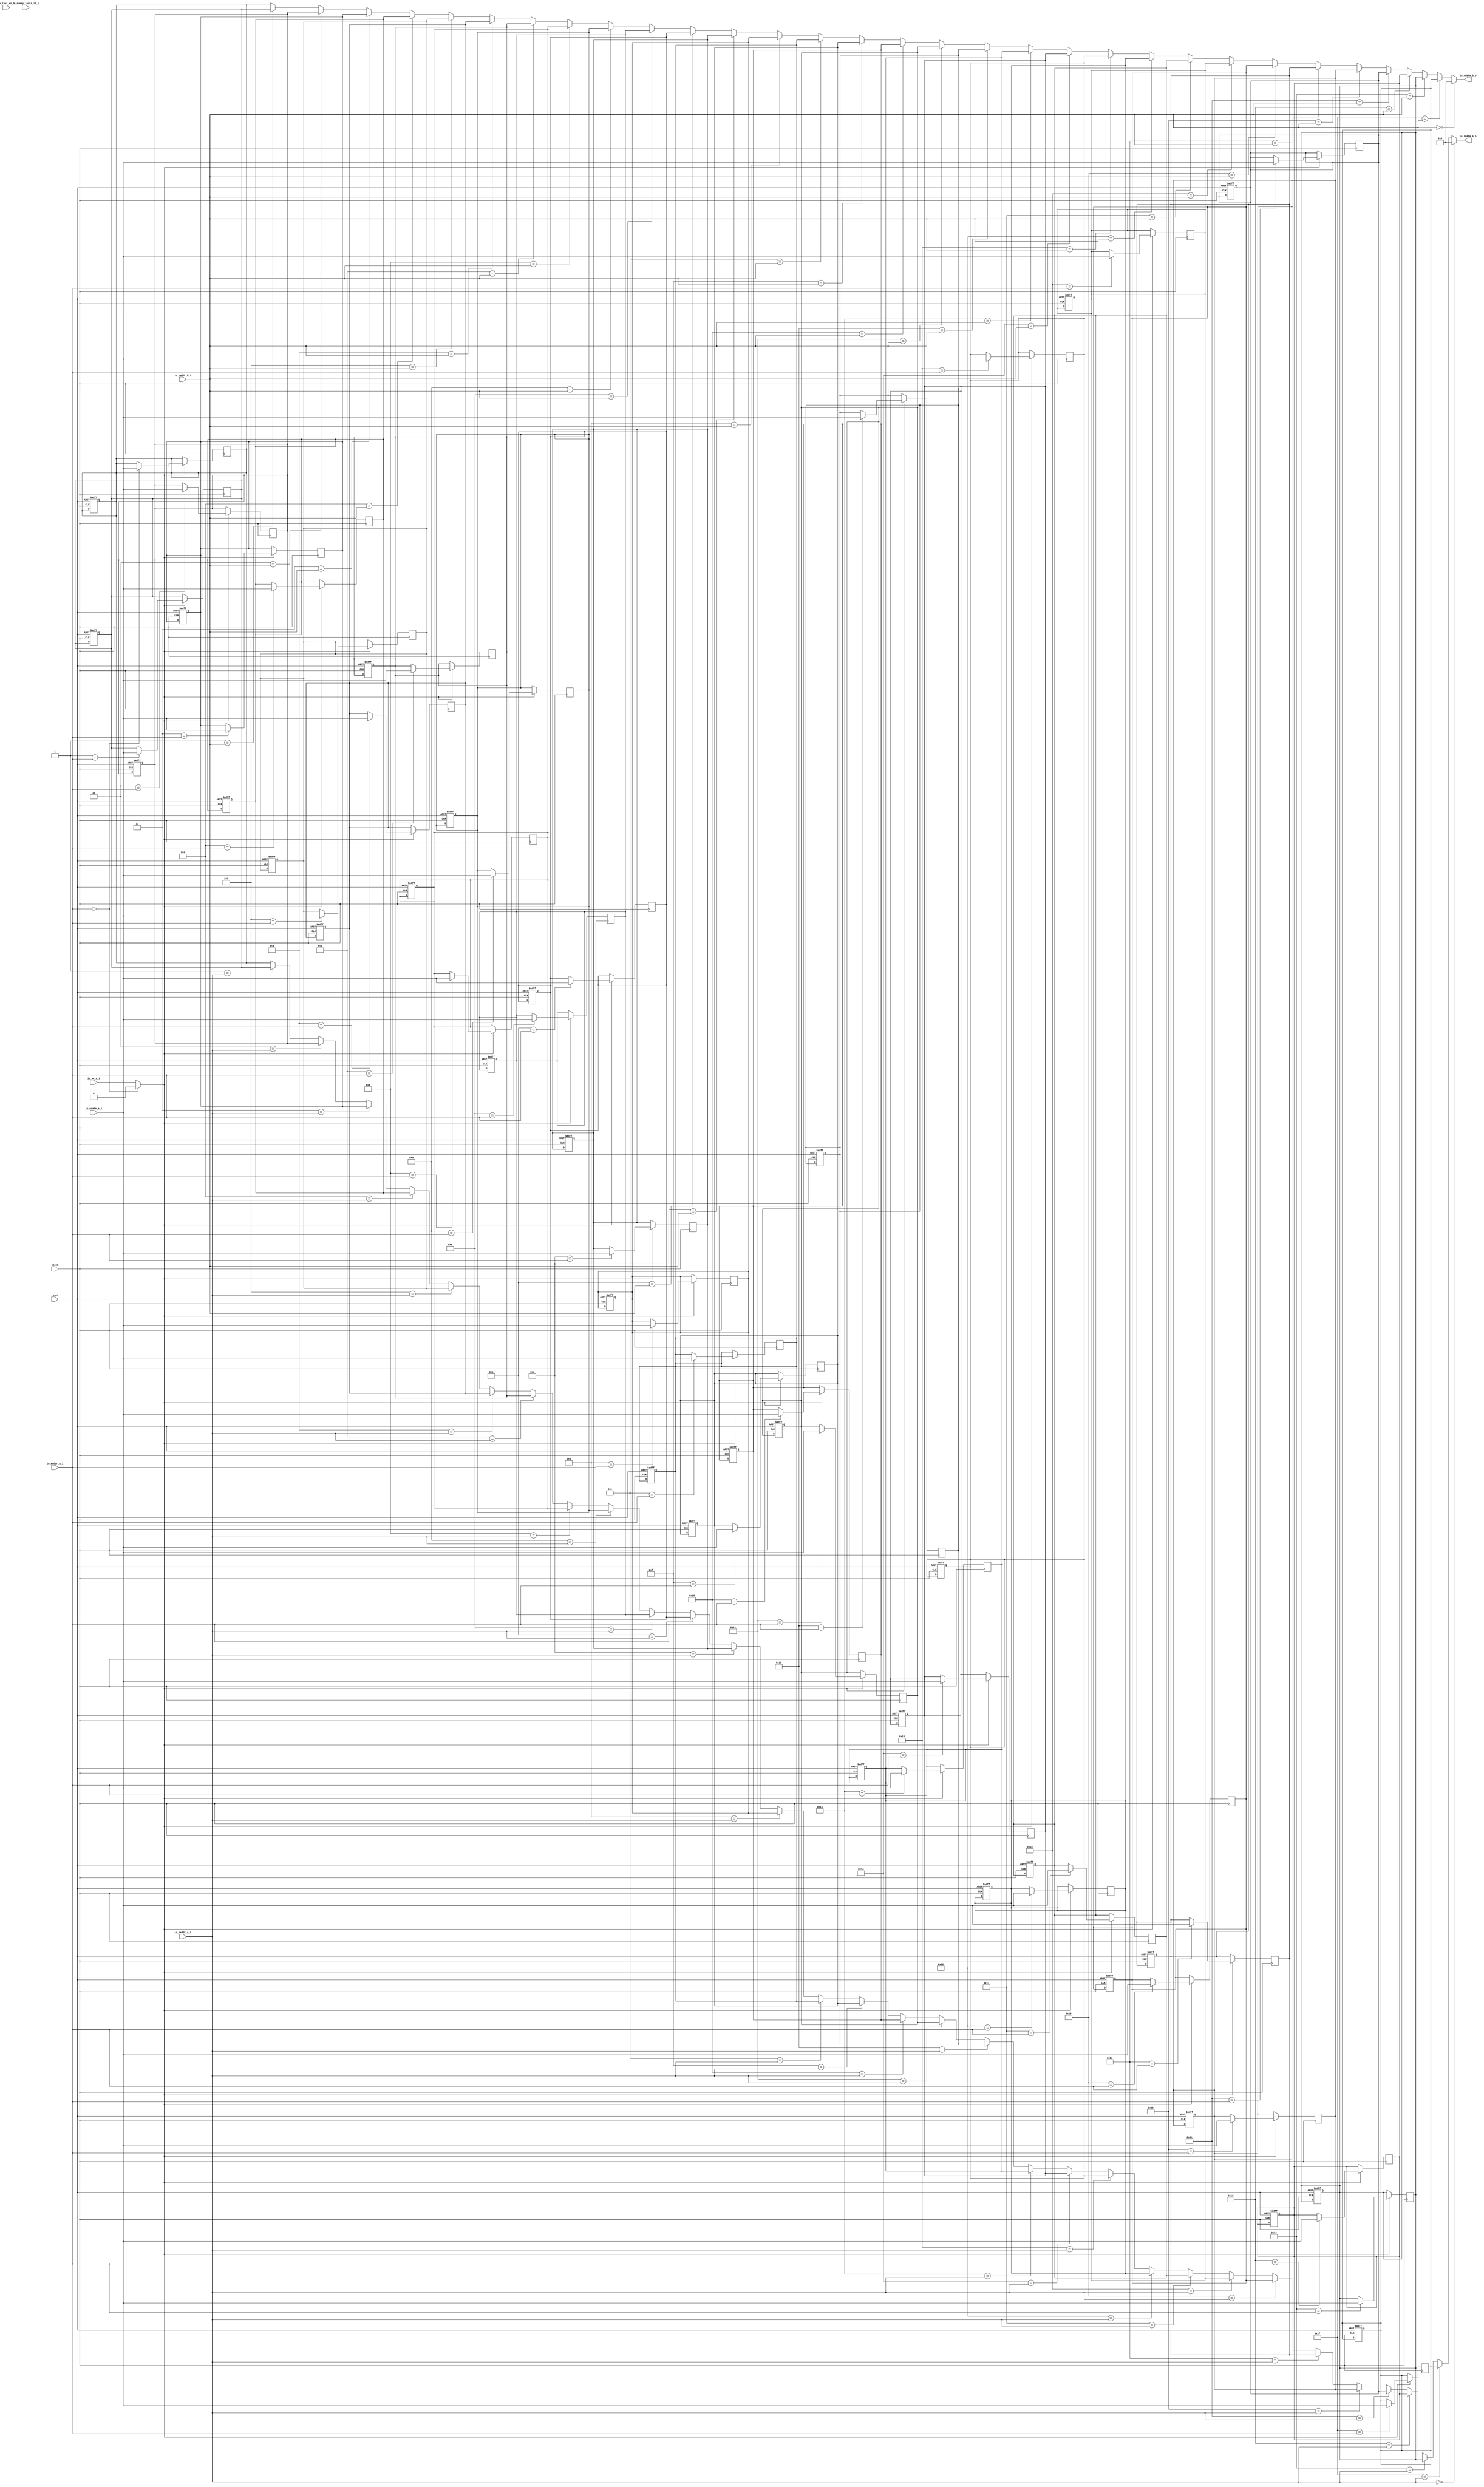
module ibex_register_file_fpga(
  input         clock,
  input         reset,
  input         io_test_en_i,
  input         io_dummy_instr_id_i,
  input  [4:0]  io_raddr_a_i,
  output [31:0] io_rdata_a_o,
  input  [4:0]  io_raddr_b_i,
  output [31:0] io_rdata_b_o,
  input  [4:0]  io_waddr_a_i,
  input  [31:0] io_wdata_a_i,
  input         io_we_a_i
);
`ifdef RANDOMIZE_REG_INIT
  reg [31:0] _RAND_0;
  reg [31:0] _RAND_1;
  reg [31:0] _RAND_2;
  reg [31:0] _RAND_3;
  reg [31:0] _RAND_4;
  reg [31:0] _RAND_5;
  reg [31:0] _RAND_6;
  reg [31:0] _RAND_7;
  reg [31:0] _RAND_8;
  reg [31:0] _RAND_9;
  reg [31:0] _RAND_10;
  reg [31:0] _RAND_11;
  reg [31:0] _RAND_12;
  reg [31:0] _RAND_13;
  reg [31:0] _RAND_14;
  reg [31:0] _RAND_15;
  reg [31:0] _RAND_16;
  reg [31:0] _RAND_17;
  reg [31:0] _RAND_18;
  reg [31:0] _RAND_19;
  reg [31:0] _RAND_20;
  reg [31:0] _RAND_21;
  reg [31:0] _RAND_22;
  reg [31:0] _RAND_23;
  reg [31:0] _RAND_24;
  reg [31:0] _RAND_25;
  reg [31:0] _RAND_26;
  reg [31:0] _RAND_27;
  reg [31:0] _RAND_28;
  reg [31:0] _RAND_29;
  reg [31:0] _RAND_30;
  reg [31:0] _RAND_31;
`endif // RANDOMIZE_REG_INIT
  reg [31:0] mem_0; // @[ibex_register_file_fpga.scala 28:27]
  reg [31:0] mem_1; // @[ibex_register_file_fpga.scala 28:27]
  reg [31:0] mem_2; // @[ibex_register_file_fpga.scala 28:27]
  reg [31:0] mem_3; // @[ibex_register_file_fpga.scala 28:27]
  reg [31:0] mem_4; // @[ibex_register_file_fpga.scala 28:27]
  reg [31:0] mem_5; // @[ibex_register_file_fpga.scala 28:27]
  reg [31:0] mem_6; // @[ibex_register_file_fpga.scala 28:27]
  reg [31:0] mem_7; // @[ibex_register_file_fpga.scala 28:27]
  reg [31:0] mem_8; // @[ibex_register_file_fpga.scala 28:27]
  reg [31:0] mem_9; // @[ibex_register_file_fpga.scala 28:27]
  reg [31:0] mem_10; // @[ibex_register_file_fpga.scala 28:27]
  reg [31:0] mem_11; // @[ibex_register_file_fpga.scala 28:27]
  reg [31:0] mem_12; // @[ibex_register_file_fpga.scala 28:27]
  reg [31:0] mem_13; // @[ibex_register_file_fpga.scala 28:27]
  reg [31:0] mem_14; // @[ibex_register_file_fpga.scala 28:27]
  reg [31:0] mem_15; // @[ibex_register_file_fpga.scala 28:27]
  reg [31:0] mem_16; // @[ibex_register_file_fpga.scala 28:27]
  reg [31:0] mem_17; // @[ibex_register_file_fpga.scala 28:27]
  reg [31:0] mem_18; // @[ibex_register_file_fpga.scala 28:27]
  reg [31:0] mem_19; // @[ibex_register_file_fpga.scala 28:27]
  reg [31:0] mem_20; // @[ibex_register_file_fpga.scala 28:27]
  reg [31:0] mem_21; // @[ibex_register_file_fpga.scala 28:27]
  reg [31:0] mem_22; // @[ibex_register_file_fpga.scala 28:27]
  reg [31:0] mem_23; // @[ibex_register_file_fpga.scala 28:27]
  reg [31:0] mem_24; // @[ibex_register_file_fpga.scala 28:27]
  reg [31:0] mem_25; // @[ibex_register_file_fpga.scala 28:27]
  reg [31:0] mem_26; // @[ibex_register_file_fpga.scala 28:27]
  reg [31:0] mem_27; // @[ibex_register_file_fpga.scala 28:27]
  reg [31:0] mem_28; // @[ibex_register_file_fpga.scala 28:27]
  reg [31:0] mem_29; // @[ibex_register_file_fpga.scala 28:27]
  reg [31:0] mem_30; // @[ibex_register_file_fpga.scala 28:27]
  reg [31:0] mem_31; // @[ibex_register_file_fpga.scala 28:27]
  wire [31:0] _GEN_1 = 5'h1 == io_raddr_a_i ? mem_1 : mem_0; // @[ibex_register_file_fpga.scala 32:22 ibex_register_file_fpga.scala 32:22]
  wire [31:0] _GEN_2 = 5'h2 == io_raddr_a_i ? mem_2 : _GEN_1; // @[ibex_register_file_fpga.scala 32:22 ibex_register_file_fpga.scala 32:22]
  wire [31:0] _GEN_3 = 5'h3 == io_raddr_a_i ? mem_3 : _GEN_2; // @[ibex_register_file_fpga.scala 32:22 ibex_register_file_fpga.scala 32:22]
  wire [31:0] _GEN_4 = 5'h4 == io_raddr_a_i ? mem_4 : _GEN_3; // @[ibex_register_file_fpga.scala 32:22 ibex_register_file_fpga.scala 32:22]
  wire [31:0] _GEN_5 = 5'h5 == io_raddr_a_i ? mem_5 : _GEN_4; // @[ibex_register_file_fpga.scala 32:22 ibex_register_file_fpga.scala 32:22]
  wire [31:0] _GEN_6 = 5'h6 == io_raddr_a_i ? mem_6 : _GEN_5; // @[ibex_register_file_fpga.scala 32:22 ibex_register_file_fpga.scala 32:22]
  wire [31:0] _GEN_7 = 5'h7 == io_raddr_a_i ? mem_7 : _GEN_6; // @[ibex_register_file_fpga.scala 32:22 ibex_register_file_fpga.scala 32:22]
  wire [31:0] _GEN_8 = 5'h8 == io_raddr_a_i ? mem_8 : _GEN_7; // @[ibex_register_file_fpga.scala 32:22 ibex_register_file_fpga.scala 32:22]
  wire [31:0] _GEN_9 = 5'h9 == io_raddr_a_i ? mem_9 : _GEN_8; // @[ibex_register_file_fpga.scala 32:22 ibex_register_file_fpga.scala 32:22]
  wire [31:0] _GEN_10 = 5'ha == io_raddr_a_i ? mem_10 : _GEN_9; // @[ibex_register_file_fpga.scala 32:22 ibex_register_file_fpga.scala 32:22]
  wire [31:0] _GEN_11 = 5'hb == io_raddr_a_i ? mem_11 : _GEN_10; // @[ibex_register_file_fpga.scala 32:22 ibex_register_file_fpga.scala 32:22]
  wire [31:0] _GEN_12 = 5'hc == io_raddr_a_i ? mem_12 : _GEN_11; // @[ibex_register_file_fpga.scala 32:22 ibex_register_file_fpga.scala 32:22]
  wire [31:0] _GEN_13 = 5'hd == io_raddr_a_i ? mem_13 : _GEN_12; // @[ibex_register_file_fpga.scala 32:22 ibex_register_file_fpga.scala 32:22]
  wire [31:0] _GEN_14 = 5'he == io_raddr_a_i ? mem_14 : _GEN_13; // @[ibex_register_file_fpga.scala 32:22 ibex_register_file_fpga.scala 32:22]
  wire [31:0] _GEN_15 = 5'hf == io_raddr_a_i ? mem_15 : _GEN_14; // @[ibex_register_file_fpga.scala 32:22 ibex_register_file_fpga.scala 32:22]
  wire [31:0] _GEN_16 = 5'h10 == io_raddr_a_i ? mem_16 : _GEN_15; // @[ibex_register_file_fpga.scala 32:22 ibex_register_file_fpga.scala 32:22]
  wire [31:0] _GEN_17 = 5'h11 == io_raddr_a_i ? mem_17 : _GEN_16; // @[ibex_register_file_fpga.scala 32:22 ibex_register_file_fpga.scala 32:22]
  wire [31:0] _GEN_18 = 5'h12 == io_raddr_a_i ? mem_18 : _GEN_17; // @[ibex_register_file_fpga.scala 32:22 ibex_register_file_fpga.scala 32:22]
  wire [31:0] _GEN_19 = 5'h13 == io_raddr_a_i ? mem_19 : _GEN_18; // @[ibex_register_file_fpga.scala 32:22 ibex_register_file_fpga.scala 32:22]
  wire [31:0] _GEN_20 = 5'h14 == io_raddr_a_i ? mem_20 : _GEN_19; // @[ibex_register_file_fpga.scala 32:22 ibex_register_file_fpga.scala 32:22]
  wire [31:0] _GEN_21 = 5'h15 == io_raddr_a_i ? mem_21 : _GEN_20; // @[ibex_register_file_fpga.scala 32:22 ibex_register_file_fpga.scala 32:22]
  wire [31:0] _GEN_22 = 5'h16 == io_raddr_a_i ? mem_22 : _GEN_21; // @[ibex_register_file_fpga.scala 32:22 ibex_register_file_fpga.scala 32:22]
  wire [31:0] _GEN_23 = 5'h17 == io_raddr_a_i ? mem_23 : _GEN_22; // @[ibex_register_file_fpga.scala 32:22 ibex_register_file_fpga.scala 32:22]
  wire [31:0] _GEN_24 = 5'h18 == io_raddr_a_i ? mem_24 : _GEN_23; // @[ibex_register_file_fpga.scala 32:22 ibex_register_file_fpga.scala 32:22]
  wire [31:0] _GEN_25 = 5'h19 == io_raddr_a_i ? mem_25 : _GEN_24; // @[ibex_register_file_fpga.scala 32:22 ibex_register_file_fpga.scala 32:22]
  wire [31:0] _GEN_26 = 5'h1a == io_raddr_a_i ? mem_26 : _GEN_25; // @[ibex_register_file_fpga.scala 32:22 ibex_register_file_fpga.scala 32:22]
  wire [31:0] _GEN_27 = 5'h1b == io_raddr_a_i ? mem_27 : _GEN_26; // @[ibex_register_file_fpga.scala 32:22 ibex_register_file_fpga.scala 32:22]
  wire [31:0] _GEN_28 = 5'h1c == io_raddr_a_i ? mem_28 : _GEN_27; // @[ibex_register_file_fpga.scala 32:22 ibex_register_file_fpga.scala 32:22]
  wire [31:0] _GEN_29 = 5'h1d == io_raddr_a_i ? mem_29 : _GEN_28; // @[ibex_register_file_fpga.scala 32:22 ibex_register_file_fpga.scala 32:22]
  wire [31:0] _GEN_30 = 5'h1e == io_raddr_a_i ? mem_30 : _GEN_29; // @[ibex_register_file_fpga.scala 32:22 ibex_register_file_fpga.scala 32:22]
  wire [31:0] _GEN_31 = 5'h1f == io_raddr_a_i ? mem_31 : _GEN_30; // @[ibex_register_file_fpga.scala 32:22 ibex_register_file_fpga.scala 32:22]
  wire [31:0] _GEN_33 = 5'h1 == io_raddr_b_i ? mem_1 : mem_0; // @[ibex_register_file_fpga.scala 35:22 ibex_register_file_fpga.scala 35:22]
  wire [31:0] _GEN_34 = 5'h2 == io_raddr_b_i ? mem_2 : _GEN_33; // @[ibex_register_file_fpga.scala 35:22 ibex_register_file_fpga.scala 35:22]
  wire [31:0] _GEN_35 = 5'h3 == io_raddr_b_i ? mem_3 : _GEN_34; // @[ibex_register_file_fpga.scala 35:22 ibex_register_file_fpga.scala 35:22]
  wire [31:0] _GEN_36 = 5'h4 == io_raddr_b_i ? mem_4 : _GEN_35; // @[ibex_register_file_fpga.scala 35:22 ibex_register_file_fpga.scala 35:22]
  wire [31:0] _GEN_37 = 5'h5 == io_raddr_b_i ? mem_5 : _GEN_36; // @[ibex_register_file_fpga.scala 35:22 ibex_register_file_fpga.scala 35:22]
  wire [31:0] _GEN_38 = 5'h6 == io_raddr_b_i ? mem_6 : _GEN_37; // @[ibex_register_file_fpga.scala 35:22 ibex_register_file_fpga.scala 35:22]
  wire [31:0] _GEN_39 = 5'h7 == io_raddr_b_i ? mem_7 : _GEN_38; // @[ibex_register_file_fpga.scala 35:22 ibex_register_file_fpga.scala 35:22]
  wire [31:0] _GEN_40 = 5'h8 == io_raddr_b_i ? mem_8 : _GEN_39; // @[ibex_register_file_fpga.scala 35:22 ibex_register_file_fpga.scala 35:22]
  wire [31:0] _GEN_41 = 5'h9 == io_raddr_b_i ? mem_9 : _GEN_40; // @[ibex_register_file_fpga.scala 35:22 ibex_register_file_fpga.scala 35:22]
  wire [31:0] _GEN_42 = 5'ha == io_raddr_b_i ? mem_10 : _GEN_41; // @[ibex_register_file_fpga.scala 35:22 ibex_register_file_fpga.scala 35:22]
  wire [31:0] _GEN_43 = 5'hb == io_raddr_b_i ? mem_11 : _GEN_42; // @[ibex_register_file_fpga.scala 35:22 ibex_register_file_fpga.scala 35:22]
  wire [31:0] _GEN_44 = 5'hc == io_raddr_b_i ? mem_12 : _GEN_43; // @[ibex_register_file_fpga.scala 35:22 ibex_register_file_fpga.scala 35:22]
  wire [31:0] _GEN_45 = 5'hd == io_raddr_b_i ? mem_13 : _GEN_44; // @[ibex_register_file_fpga.scala 35:22 ibex_register_file_fpga.scala 35:22]
  wire [31:0] _GEN_46 = 5'he == io_raddr_b_i ? mem_14 : _GEN_45; // @[ibex_register_file_fpga.scala 35:22 ibex_register_file_fpga.scala 35:22]
  wire [31:0] _GEN_47 = 5'hf == io_raddr_b_i ? mem_15 : _GEN_46; // @[ibex_register_file_fpga.scala 35:22 ibex_register_file_fpga.scala 35:22]
  wire [31:0] _GEN_48 = 5'h10 == io_raddr_b_i ? mem_16 : _GEN_47; // @[ibex_register_file_fpga.scala 35:22 ibex_register_file_fpga.scala 35:22]
  wire [31:0] _GEN_49 = 5'h11 == io_raddr_b_i ? mem_17 : _GEN_48; // @[ibex_register_file_fpga.scala 35:22 ibex_register_file_fpga.scala 35:22]
  wire [31:0] _GEN_50 = 5'h12 == io_raddr_b_i ? mem_18 : _GEN_49; // @[ibex_register_file_fpga.scala 35:22 ibex_register_file_fpga.scala 35:22]
  wire [31:0] _GEN_51 = 5'h13 == io_raddr_b_i ? mem_19 : _GEN_50; // @[ibex_register_file_fpga.scala 35:22 ibex_register_file_fpga.scala 35:22]
  wire [31:0] _GEN_52 = 5'h14 == io_raddr_b_i ? mem_20 : _GEN_51; // @[ibex_register_file_fpga.scala 35:22 ibex_register_file_fpga.scala 35:22]
  wire [31:0] _GEN_53 = 5'h15 == io_raddr_b_i ? mem_21 : _GEN_52; // @[ibex_register_file_fpga.scala 35:22 ibex_register_file_fpga.scala 35:22]
  wire [31:0] _GEN_54 = 5'h16 == io_raddr_b_i ? mem_22 : _GEN_53; // @[ibex_register_file_fpga.scala 35:22 ibex_register_file_fpga.scala 35:22]
  wire [31:0] _GEN_55 = 5'h17 == io_raddr_b_i ? mem_23 : _GEN_54; // @[ibex_register_file_fpga.scala 35:22 ibex_register_file_fpga.scala 35:22]
  wire [31:0] _GEN_56 = 5'h18 == io_raddr_b_i ? mem_24 : _GEN_55; // @[ibex_register_file_fpga.scala 35:22 ibex_register_file_fpga.scala 35:22]
  wire [31:0] _GEN_57 = 5'h19 == io_raddr_b_i ? mem_25 : _GEN_56; // @[ibex_register_file_fpga.scala 35:22 ibex_register_file_fpga.scala 35:22]
  wire [31:0] _GEN_58 = 5'h1a == io_raddr_b_i ? mem_26 : _GEN_57; // @[ibex_register_file_fpga.scala 35:22 ibex_register_file_fpga.scala 35:22]
  wire [31:0] _GEN_59 = 5'h1b == io_raddr_b_i ? mem_27 : _GEN_58; // @[ibex_register_file_fpga.scala 35:22 ibex_register_file_fpga.scala 35:22]
  wire [31:0] _GEN_60 = 5'h1c == io_raddr_b_i ? mem_28 : _GEN_59; // @[ibex_register_file_fpga.scala 35:22 ibex_register_file_fpga.scala 35:22]
  wire [31:0] _GEN_61 = 5'h1d == io_raddr_b_i ? mem_29 : _GEN_60; // @[ibex_register_file_fpga.scala 35:22 ibex_register_file_fpga.scala 35:22]
  wire [31:0] _GEN_62 = 5'h1e == io_raddr_b_i ? mem_30 : _GEN_61; // @[ibex_register_file_fpga.scala 35:22 ibex_register_file_fpga.scala 35:22]
  wire [31:0] _GEN_63 = 5'h1f == io_raddr_b_i ? mem_31 : _GEN_62; // @[ibex_register_file_fpga.scala 35:22 ibex_register_file_fpga.scala 35:22]
  wire  we = io_waddr_a_i == 5'h0 ? 1'h0 : io_we_a_i; // @[ibex_register_file_fpga.scala 38:12]
  assign io_rdata_a_o = io_raddr_a_i == 5'h0 ? 32'h0 : _GEN_31; // @[ibex_register_file_fpga.scala 32:22]
  assign io_rdata_b_o = io_raddr_b_i == 5'h0 ? 32'h0 : _GEN_63; // @[ibex_register_file_fpga.scala 35:22]
  always@(posedge clock,negedge reset) begin
    if(!reset)
    begin
    mem_0 <= 0;
    mem_1 <= 1;
    mem_2 <= 2;
    mem_3 <= 0;
    mem_4 <= 0;
    mem_5 <= 0;
    mem_6 <= 0;
    mem_7 <= 0;
    mem_8 <= 0;
    mem_9 <= 0;
    mem_10 <= 0;
    mem_11 <= 0;
    mem_12 <= 0;
    mem_13 <= 0;
    mem_14 <= 0;
    mem_15 <= 0;
    mem_16 <= 0;
    mem_17 <= 0;
    mem_18 <= 0;
    mem_19 <= 0;
    mem_20 <= 0;
    mem_21 <= 0;
    mem_22 <= 0;
    mem_23 <= 0;
    mem_24 <= 0;
    mem_25 <= 0;
    mem_26 <= 0;
    mem_27 <= 0;
    mem_28 <= 0;
    mem_29 <= 0;
    mem_30 <= 0;
    mem_31 <= 0;
    end
  end
  always @(posedge clock) begin
    if (we) begin // @[ibex_register_file_fpga.scala 39:25]
      if (5'h0 == io_waddr_a_i) begin // @[ibex_register_file_fpga.scala 40:25]
        mem_0 <= io_wdata_a_i; // @[ibex_register_file_fpga.scala 40:25]
      end
    end
    if (we) begin // @[ibex_register_file_fpga.scala 39:25]
      if (5'h1 == io_waddr_a_i) begin // @[ibex_register_file_fpga.scala 40:25]
        mem_1 <= io_wdata_a_i; // @[ibex_register_file_fpga.scala 40:25]
      end
    end
    if (we) begin // @[ibex_register_file_fpga.scala 39:25]
      if (5'h2 == io_waddr_a_i) begin // @[ibex_register_file_fpga.scala 40:25]
        mem_2 <= io_wdata_a_i; // @[ibex_register_file_fpga.scala 40:25]
      end
    end
    if (we) begin // @[ibex_register_file_fpga.scala 39:25]
      if (5'h3 == io_waddr_a_i) begin // @[ibex_register_file_fpga.scala 40:25]
        mem_3 <= io_wdata_a_i; // @[ibex_register_file_fpga.scala 40:25]
      end
    end
    if (we) begin // @[ibex_register_file_fpga.scala 39:25]
      if (5'h4 == io_waddr_a_i) begin // @[ibex_register_file_fpga.scala 40:25]
        mem_4 <= io_wdata_a_i; // @[ibex_register_file_fpga.scala 40:25]
      end
    end
    if (we) begin // @[ibex_register_file_fpga.scala 39:25]
      if (5'h5 == io_waddr_a_i) begin // @[ibex_register_file_fpga.scala 40:25]
        mem_5 <= io_wdata_a_i; // @[ibex_register_file_fpga.scala 40:25]
      end
    end
    if (we) begin // @[ibex_register_file_fpga.scala 39:25]
      if (5'h6 == io_waddr_a_i) begin // @[ibex_register_file_fpga.scala 40:25]
        mem_6 <= io_wdata_a_i; // @[ibex_register_file_fpga.scala 40:25]
      end
    end
    if (we) begin // @[ibex_register_file_fpga.scala 39:25]
      if (5'h7 == io_waddr_a_i) begin // @[ibex_register_file_fpga.scala 40:25]
        mem_7 <= io_wdata_a_i; // @[ibex_register_file_fpga.scala 40:25]
      end
    end
    if (we) begin // @[ibex_register_file_fpga.scala 39:25]
      if (5'h8 == io_waddr_a_i) begin // @[ibex_register_file_fpga.scala 40:25]
        mem_8 <= io_wdata_a_i; // @[ibex_register_file_fpga.scala 40:25]
      end
    end
    if (we) begin // @[ibex_register_file_fpga.scala 39:25]
      if (5'h9 == io_waddr_a_i) begin // @[ibex_register_file_fpga.scala 40:25]
        mem_9 <= io_wdata_a_i; // @[ibex_register_file_fpga.scala 40:25]
      end
    end
    if (we) begin // @[ibex_register_file_fpga.scala 39:25]
      if (5'ha == io_waddr_a_i) begin // @[ibex_register_file_fpga.scala 40:25]
        mem_10 <= io_wdata_a_i; // @[ibex_register_file_fpga.scala 40:25]
      end
    end
    if (we) begin // @[ibex_register_file_fpga.scala 39:25]
      if (5'hb == io_waddr_a_i) begin // @[ibex_register_file_fpga.scala 40:25]
        mem_11 <= io_wdata_a_i; // @[ibex_register_file_fpga.scala 40:25]
      end
    end
    if (we) begin // @[ibex_register_file_fpga.scala 39:25]
      if (5'hc == io_waddr_a_i) begin // @[ibex_register_file_fpga.scala 40:25]
        mem_12 <= io_wdata_a_i; // @[ibex_register_file_fpga.scala 40:25]
      end
    end
    if (we) begin // @[ibex_register_file_fpga.scala 39:25]
      if (5'hd == io_waddr_a_i) begin // @[ibex_register_file_fpga.scala 40:25]
        mem_13 <= io_wdata_a_i; // @[ibex_register_file_fpga.scala 40:25]
      end
    end
    if (we) begin // @[ibex_register_file_fpga.scala 39:25]
      if (5'he == io_waddr_a_i) begin // @[ibex_register_file_fpga.scala 40:25]
        mem_14 <= io_wdata_a_i; // @[ibex_register_file_fpga.scala 40:25]
      end
    end
    if (we) begin // @[ibex_register_file_fpga.scala 39:25]
      if (5'hf == io_waddr_a_i) begin // @[ibex_register_file_fpga.scala 40:25]
        mem_15 <= io_wdata_a_i; // @[ibex_register_file_fpga.scala 40:25]
      end
    end
    if (we) begin // @[ibex_register_file_fpga.scala 39:25]
      if (5'h10 == io_waddr_a_i) begin // @[ibex_register_file_fpga.scala 40:25]
        mem_16 <= io_wdata_a_i; // @[ibex_register_file_fpga.scala 40:25]
      end
    end
    if (we) begin // @[ibex_register_file_fpga.scala 39:25]
      if (5'h11 == io_waddr_a_i) begin // @[ibex_register_file_fpga.scala 40:25]
        mem_17 <= io_wdata_a_i; // @[ibex_register_file_fpga.scala 40:25]
      end
    end
    if (we) begin // @[ibex_register_file_fpga.scala 39:25]
      if (5'h12 == io_waddr_a_i) begin // @[ibex_register_file_fpga.scala 40:25]
        mem_18 <= io_wdata_a_i; // @[ibex_register_file_fpga.scala 40:25]
      end
    end
    if (we) begin // @[ibex_register_file_fpga.scala 39:25]
      if (5'h13 == io_waddr_a_i) begin // @[ibex_register_file_fpga.scala 40:25]
        mem_19 <= io_wdata_a_i; // @[ibex_register_file_fpga.scala 40:25]
      end
    end
    if (we) begin // @[ibex_register_file_fpga.scala 39:25]
      if (5'h14 == io_waddr_a_i) begin // @[ibex_register_file_fpga.scala 40:25]
        mem_20 <= io_wdata_a_i; // @[ibex_register_file_fpga.scala 40:25]
      end
    end
    if (we) begin // @[ibex_register_file_fpga.scala 39:25]
      if (5'h15 == io_waddr_a_i) begin // @[ibex_register_file_fpga.scala 40:25]
        mem_21 <= io_wdata_a_i; // @[ibex_register_file_fpga.scala 40:25]
      end
    end
    if (we) begin // @[ibex_register_file_fpga.scala 39:25]
      if (5'h16 == io_waddr_a_i) begin // @[ibex_register_file_fpga.scala 40:25]
        mem_22 <= io_wdata_a_i; // @[ibex_register_file_fpga.scala 40:25]
      end
    end
    if (we) begin // @[ibex_register_file_fpga.scala 39:25]
      if (5'h17 == io_waddr_a_i) begin // @[ibex_register_file_fpga.scala 40:25]
        mem_23 <= io_wdata_a_i; // @[ibex_register_file_fpga.scala 40:25]
      end
    end
    if (we) begin // @[ibex_register_file_fpga.scala 39:25]
      if (5'h18 == io_waddr_a_i) begin // @[ibex_register_file_fpga.scala 40:25]
        mem_24 <= io_wdata_a_i; // @[ibex_register_file_fpga.scala 40:25]
      end
    end
    if (we) begin // @[ibex_register_file_fpga.scala 39:25]
      if (5'h19 == io_waddr_a_i) begin // @[ibex_register_file_fpga.scala 40:25]
        mem_25 <= io_wdata_a_i; // @[ibex_register_file_fpga.scala 40:25]
      end
    end
    if (we) begin // @[ibex_register_file_fpga.scala 39:25]
      if (5'h1a == io_waddr_a_i) begin // @[ibex_register_file_fpga.scala 40:25]
        mem_26 <= io_wdata_a_i; // @[ibex_register_file_fpga.scala 40:25]
      end
    end
    if (we) begin // @[ibex_register_file_fpga.scala 39:25]
      if (5'h1b == io_waddr_a_i) begin // @[ibex_register_file_fpga.scala 40:25]
        mem_27 <= io_wdata_a_i; // @[ibex_register_file_fpga.scala 40:25]
      end
    end
    if (we) begin // @[ibex_register_file_fpga.scala 39:25]
      if (5'h1c == io_waddr_a_i) begin // @[ibex_register_file_fpga.scala 40:25]
        mem_28 <= io_wdata_a_i; // @[ibex_register_file_fpga.scala 40:25]
      end
    end
    if (we) begin // @[ibex_register_file_fpga.scala 39:25]
      if (5'h1d == io_waddr_a_i) begin // @[ibex_register_file_fpga.scala 40:25]
        mem_29 <= io_wdata_a_i; // @[ibex_register_file_fpga.scala 40:25]
      end
    end
    if (we) begin // @[ibex_register_file_fpga.scala 39:25]
      if (5'h1e == io_waddr_a_i) begin // @[ibex_register_file_fpga.scala 40:25]
        mem_30 <= io_wdata_a_i; // @[ibex_register_file_fpga.scala 40:25]
      end
    end
    if (we) begin // @[ibex_register_file_fpga.scala 39:25]
      if (5'h1f == io_waddr_a_i) begin // @[ibex_register_file_fpga.scala 40:25]
        mem_31 <= io_wdata_a_i; // @[ibex_register_file_fpga.scala 40:25]
      end
    end
  end
// Register and memory initialization
`ifdef RANDOMIZE_GARBAGE_ASSIGN
`define RANDOMIZE
`endif
`ifdef RANDOMIZE_INVALID_ASSIGN
`define RANDOMIZE
`endif
`ifdef RANDOMIZE_REG_INIT
`define RANDOMIZE
`endif
`ifdef RANDOMIZE_MEM_INIT
`define RANDOMIZE
`endif
`ifndef RANDOM
`define RANDOM $random
`endif
`ifdef RANDOMIZE_MEM_INIT
  integer initvar;
`endif
`ifndef SYNTHESIS
`ifdef FIRRTL_BEFORE_INITIAL
`FIRRTL_BEFORE_INITIAL
`endif
initial begin
  `ifdef RANDOMIZE
    `ifdef INIT_RANDOM
      `INIT_RANDOM
    `endif
    `ifndef VERILATOR
      `ifdef RANDOMIZE_DELAY
        #`RANDOMIZE_DELAY begin end
      `else
        #0.002 begin end
      `endif
    `endif
`ifdef RANDOMIZE_REG_INIT
  _RAND_0 = {1{`RANDOM}};
  mem_0 = _RAND_0[31:0];
  _RAND_1 = {1{`RANDOM}};
  mem_1 = _RAND_1[31:0];
  _RAND_2 = {1{`RANDOM}};
  mem_2 = _RAND_2[31:0];
  _RAND_3 = {1{`RANDOM}};
  mem_3 = _RAND_3[31:0];
  _RAND_4 = {1{`RANDOM}};
  mem_4 = _RAND_4[31:0];
  _RAND_5 = {1{`RANDOM}};
  mem_5 = _RAND_5[31:0];
  _RAND_6 = {1{`RANDOM}};
  mem_6 = _RAND_6[31:0];
  _RAND_7 = {1{`RANDOM}};
  mem_7 = _RAND_7[31:0];
  _RAND_8 = {1{`RANDOM}};
  mem_8 = _RAND_8[31:0];
  _RAND_9 = {1{`RANDOM}};
  mem_9 = _RAND_9[31:0];
  _RAND_10 = {1{`RANDOM}};
  mem_10 = _RAND_10[31:0];
  _RAND_11 = {1{`RANDOM}};
  mem_11 = _RAND_11[31:0];
  _RAND_12 = {1{`RANDOM}};
  mem_12 = _RAND_12[31:0];
  _RAND_13 = {1{`RANDOM}};
  mem_13 = _RAND_13[31:0];
  _RAND_14 = {1{`RANDOM}};
  mem_14 = _RAND_14[31:0];
  _RAND_15 = {1{`RANDOM}};
  mem_15 = _RAND_15[31:0];
  _RAND_16 = {1{`RANDOM}};
  mem_16 = _RAND_16[31:0];
  _RAND_17 = {1{`RANDOM}};
  mem_17 = _RAND_17[31:0];
  _RAND_18 = {1{`RANDOM}};
  mem_18 = _RAND_18[31:0];
  _RAND_19 = {1{`RANDOM}};
  mem_19 = _RAND_19[31:0];
  _RAND_20 = {1{`RANDOM}};
  mem_20 = _RAND_20[31:0];
  _RAND_21 = {1{`RANDOM}};
  mem_21 = _RAND_21[31:0];
  _RAND_22 = {1{`RANDOM}};
  mem_22 = _RAND_22[31:0];
  _RAND_23 = {1{`RANDOM}};
  mem_23 = _RAND_23[31:0];
  _RAND_24 = {1{`RANDOM}};
  mem_24 = _RAND_24[31:0];
  _RAND_25 = {1{`RANDOM}};
  mem_25 = _RAND_25[31:0];
  _RAND_26 = {1{`RANDOM}};
  mem_26 = _RAND_26[31:0];
  _RAND_27 = {1{`RANDOM}};
  mem_27 = _RAND_27[31:0];
  _RAND_28 = {1{`RANDOM}};
  mem_28 = _RAND_28[31:0];
  _RAND_29 = {1{`RANDOM}};
  mem_29 = _RAND_29[31:0];
  _RAND_30 = {1{`RANDOM}};
  mem_30 = _RAND_30[31:0];
  _RAND_31 = {1{`RANDOM}};
  mem_31 = _RAND_31[31:0];
`endif // RANDOMIZE_REG_INIT
  `endif // RANDOMIZE
end // initial
`ifdef FIRRTL_AFTER_INITIAL
`FIRRTL_AFTER_INITIAL
`endif
`endif // SYNTHESIS
endmodule